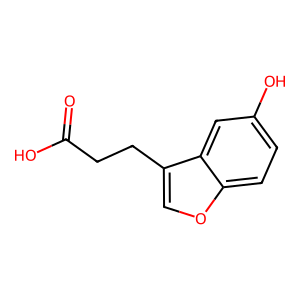
SMILES: O=C(O)CCc1coc2ccc(O)cc12
Inhibits HIV replication: No